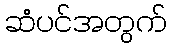
ဆံပင်အတွက်